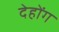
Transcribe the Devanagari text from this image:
देहोंग